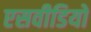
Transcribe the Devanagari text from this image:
एसवीडियो